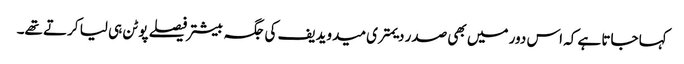
کہا جاتا ہے کہ اس دور میں بھی صدر دیمتری میدویدیف کی جگہ بیشتر فیصلے پوٹن ہی لیا کرتے تھے۔